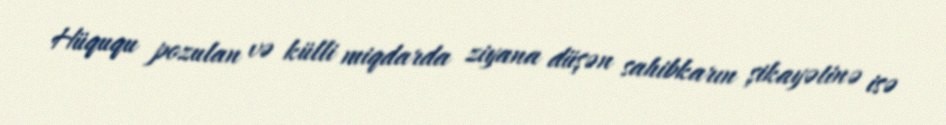
Hüququ pozulan və külli miqdarda ziyana düşən sahibkarın şikayətinə isə